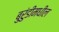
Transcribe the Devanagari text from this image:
बुरुंडीमधील